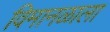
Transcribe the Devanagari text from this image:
विमानळाला